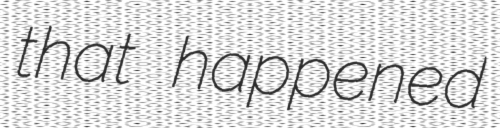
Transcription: that happened